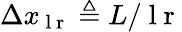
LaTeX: \Delta x_{\mathrm{~l~r~}}\triangleq L/\mathrm{~l~r~}